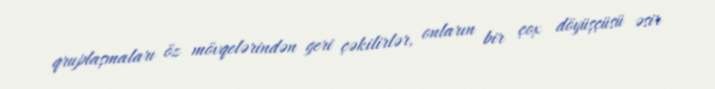
qruplaşmaları öz mövqelərindən geri çəkilirlər, onların bir çox döyüşçüsü əsir